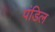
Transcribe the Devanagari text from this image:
पंडिल